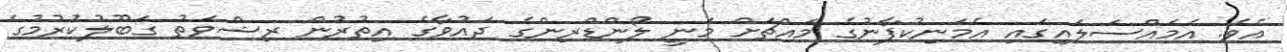
އެވެ. އެމައްސަލައިގައި އެމަނިކުފާނުގެ މައްޗަށް މަނީ ލޯންޑްރިންގެ ދައުވާގެ އިތުރުން ރިޝްވަތު ގަބޫލުކުރުމުގެ